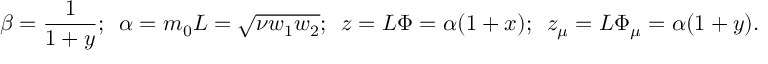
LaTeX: \beta = \frac 1 { 1 + y } ; \, \, \, \alpha = m _ { 0 } L = \sqrt { \nu w _ { 1 } w _ { 2 } } ; \, \, \, z = L \Phi = \alpha ( 1 + x ) ; \, \, \, z _ { \mu } = L \Phi _ { \mu } = \alpha ( 1 + y ) .